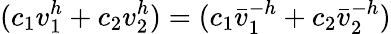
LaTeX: (c_{1}v_{1}^{h}+c_{2}v_{2}^{h})=(c_{1}\bar{v}_{1}^{-h}+c_{2}\bar{v}_{2}^{-h})